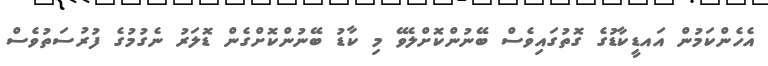
އެހެންކަމުން އައޑީކާޑުގެ ގޮތުގައިވެސް ބޭނުންކޮށްލެވޭ މި ކާޑު ބޭނުންކޮށްގެން ޑޮލަރު ނެގުމުގެ ފުރުސަތުވެސް